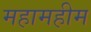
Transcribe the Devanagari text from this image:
महामहीम